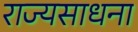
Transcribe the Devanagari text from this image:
राज्यसाधना